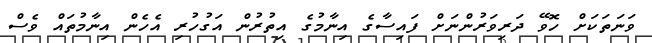
ވަނަތަކަށް ހޮވޭ ދަރިވަރުންނަށް ފައިސާގެ އިނާމުގެ އިތުރުން އަގުހުރި އެހެން އިނާމުތައް ވެސް